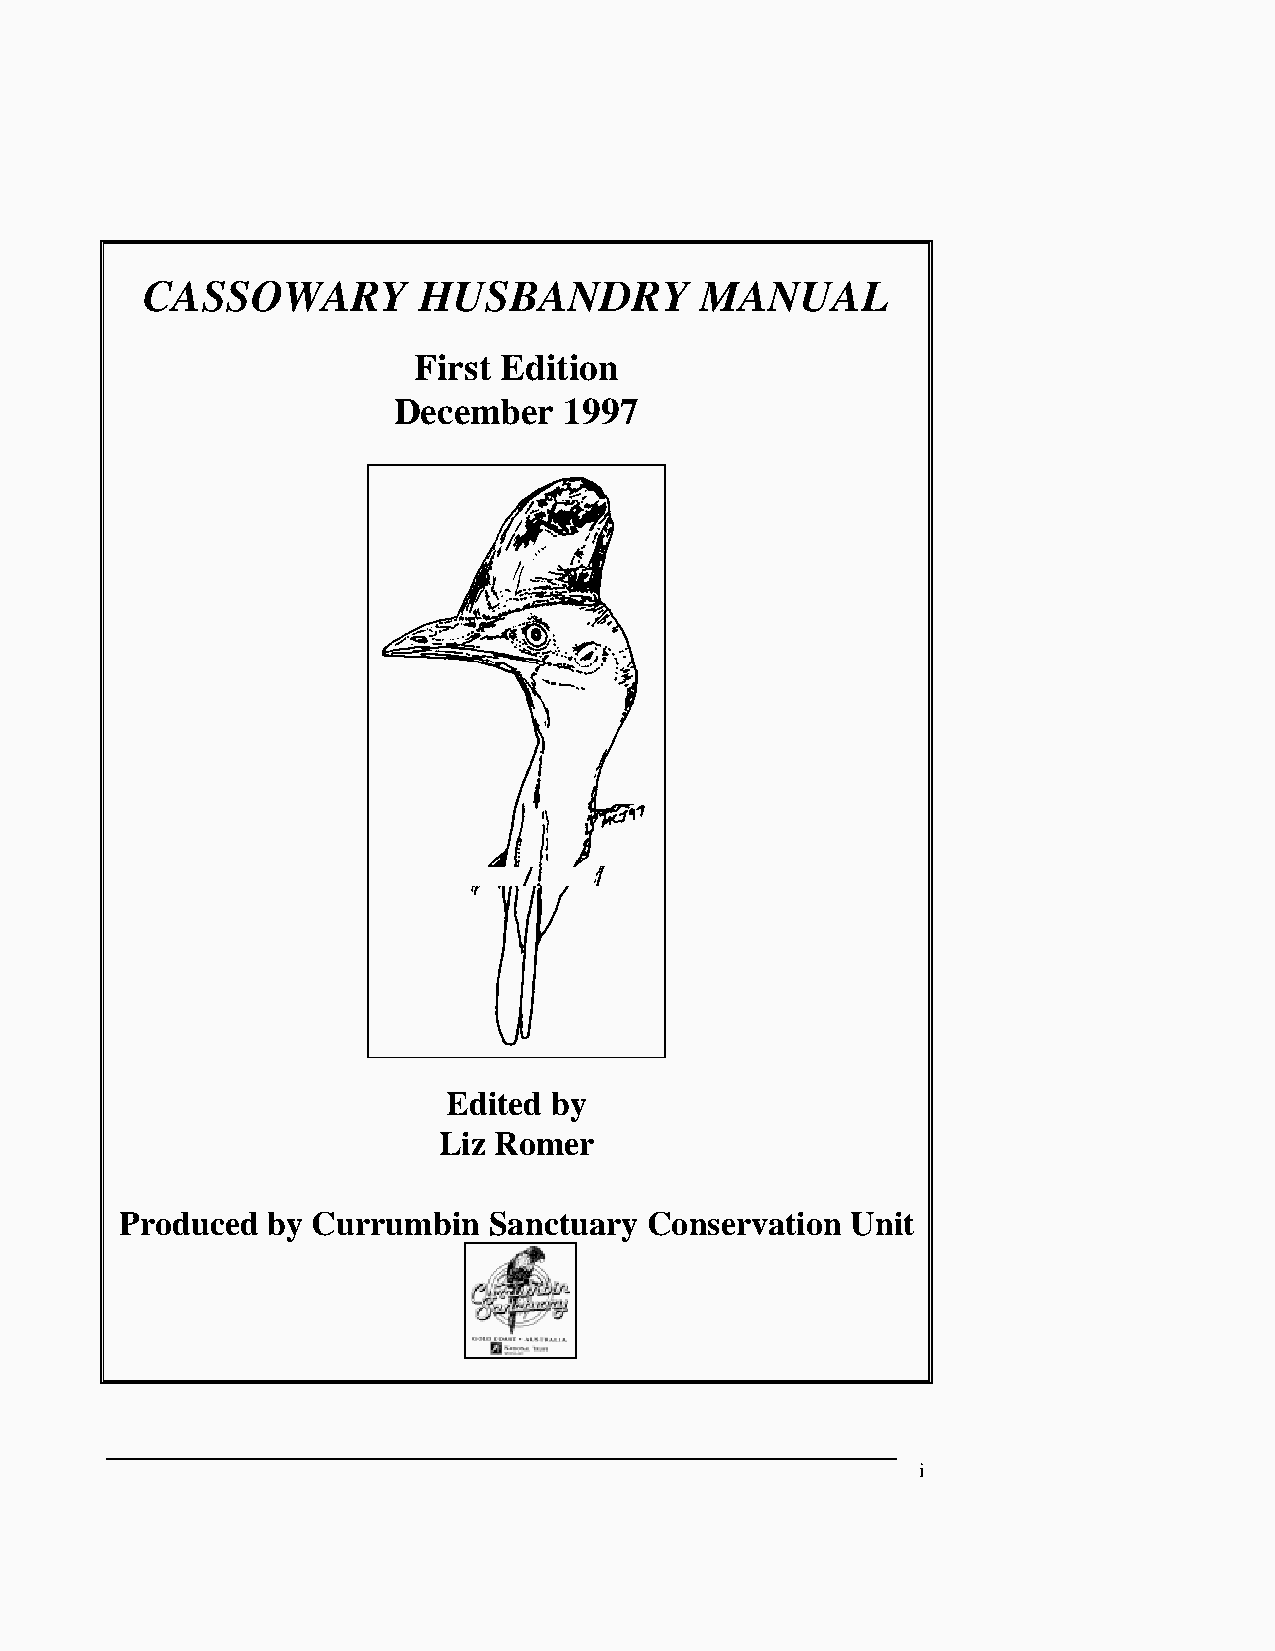
CASSOWARY          HUSBANDRY         MANUAL
 First Edition
 December   1997
 Edited by
 Liz Romer
 Produced  by Currumbin  Sanctuary  Conservation Unit
 i